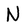
Character: N